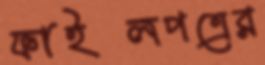
ফাইলপত্রের